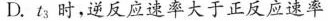
D. t_{3}时，逆反应速率大于正反应速率